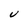
Character: V